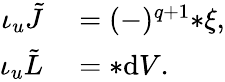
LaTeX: \begin{array}{rl}{\iota_{u}\tilde{J}}&{{}=(-)^{q+1}{*\xi},}\\ {\iota_{u}{\tilde{L}}}&{{}={*\mathrm{d}V}.}\end{array}